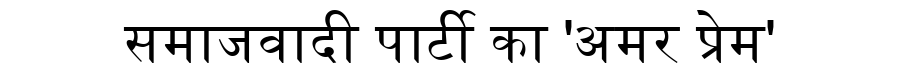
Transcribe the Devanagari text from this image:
समाजवादी पार्टी का 'अमर प्रेम'